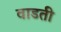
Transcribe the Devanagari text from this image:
वाडती